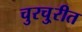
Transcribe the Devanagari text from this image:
चुरचु्रीत